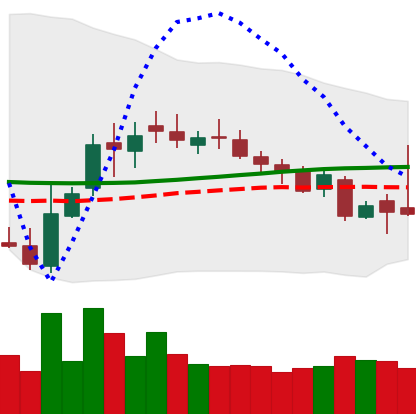
Ticker: XLM-USD
Chart end date: 2018-11-01
Forward return: 19.131%
Label: up_7plus